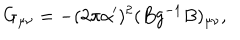
G _ { \mu \nu } = - ( 2 \pi \alpha ^ { \prime } ) ^ { 2 } ( B g ^ { - 1 } B ) _ { \mu \nu } ,